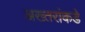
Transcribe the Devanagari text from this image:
अख्तरांकडे